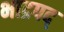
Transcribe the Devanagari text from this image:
भाद्रपद्